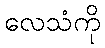
လေသံကို